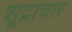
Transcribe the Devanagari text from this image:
शूद्राचार